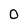
Character: 0